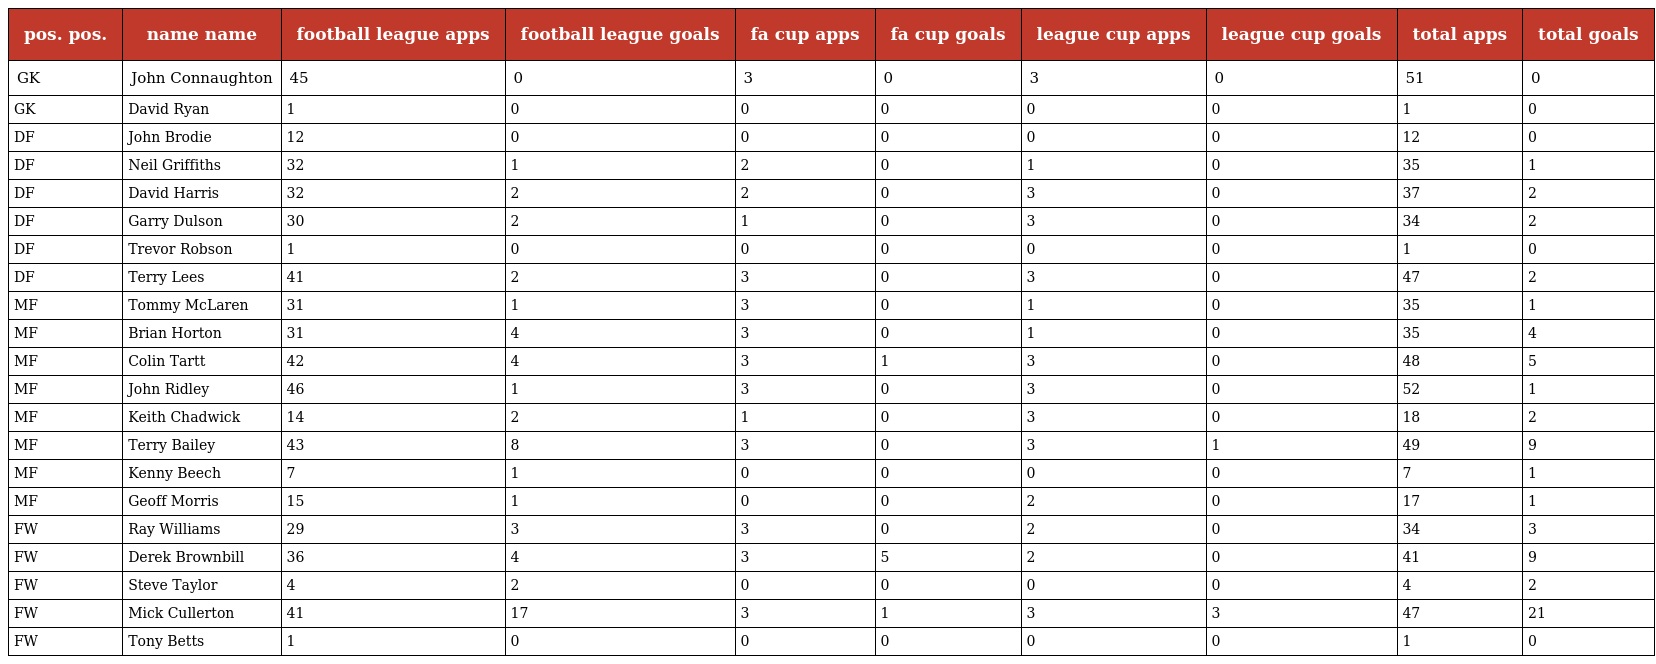
| pos. pos. | name name | football league apps | football league goals | fa cup apps | fa cup goals | league cup apps | league cup goals | total apps | total goals |
 | --- | --- | --- | --- | --- | --- | --- | --- | --- | --- |
 | GK | John Connaughton | 45 | 0 | 3 | 0 | 3 | 0 | 51 | 0 |
 | GK | David Ryan | 1 | 0 | 0 | 0 | 0 | 0 | 1 | 0 |
 | DF | John Brodie | 12 | 0 | 0 | 0 | 0 | 0 | 12 | 0 |
 | DF | Neil Griffiths | 32 | 1 | 2 | 0 | 1 | 0 | 35 | 1 |
 | DF | David Harris | 32 | 2 | 2 | 0 | 3 | 0 | 37 | 2 |
 | DF | Garry Dulson | 30 | 2 | 1 | 0 | 3 | 0 | 34 | 2 |
 | DF | Trevor Robson | 1 | 0 | 0 | 0 | 0 | 0 | 1 | 0 |
 | DF | Terry Lees | 41 | 2 | 3 | 0 | 3 | 0 | 47 | 2 |
 | MF | Tommy McLaren | 31 | 1 | 3 | 0 | 1 | 0 | 35 | 1 |
 | MF | Brian Horton | 31 | 4 | 3 | 0 | 1 | 0 | 35 | 4 |
 | MF | Colin Tartt | 42 | 4 | 3 | 1 | 3 | 0 | 48 | 5 |
 | MF | John Ridley | 46 | 1 | 3 | 0 | 3 | 0 | 52 | 1 |
 | MF | Keith Chadwick | 14 | 2 | 1 | 0 | 3 | 0 | 18 | 2 |
 | MF | Terry Bailey | 43 | 8 | 3 | 0 | 3 | 1 | 49 | 9 |
 | MF | Kenny Beech | 7 | 1 | 0 | 0 | 0 | 0 | 7 | 1 |
 | MF | Geoff Morris | 15 | 1 | 0 | 0 | 2 | 0 | 17 | 1 |
 | FW | Ray Williams | 29 | 3 | 3 | 0 | 2 | 0 | 34 | 3 |
 | FW | Derek Brownbill | 36 | 4 | 3 | 5 | 2 | 0 | 41 | 9 |
 | FW | Steve Taylor | 4 | 2 | 0 | 0 | 0 | 0 | 4 | 2 |
 | FW | Mick Cullerton | 41 | 17 | 3 | 1 | 3 | 3 | 47 | 21 |
 | FW | Tony Betts | 1 | 0 | 0 | 0 | 0 | 0 | 1 | 0 |